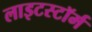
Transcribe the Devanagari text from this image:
लाइटस्टॉर्म